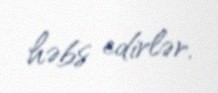
həbs edirlər.